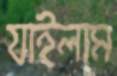
যাইলাম